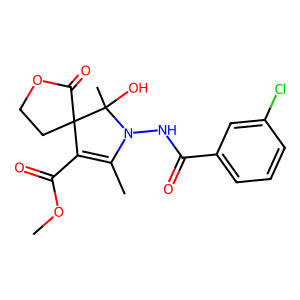
SMILES: COC(=O)C1=C(C)N(NC(=O)c2cccc(Cl)c2)C(C)(O)C12CCOC2=O
Inhibits HIV replication: No